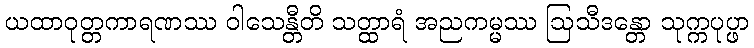
ယထာဝုတ္တကာရဏဿ ဝါသေန္တီတိ သတ္ထာရံ အညကမ္မဿ ဩသီဒန္တော သုက္ကပုပ္ဖာ